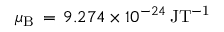
\mu _ { \mathrm { B } } \, = \, 9 . 2 7 4 \times 1 0 ^ { - 2 4 } \, \mathrm { J T ^ { - 1 } }